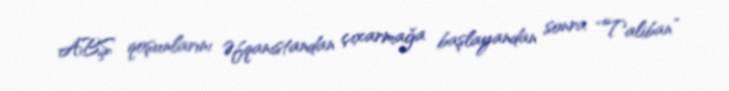
ABŞ qoşunlarını Əfqanıstandan çıxarmağa başlayandan sonra “Taliban”